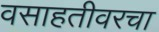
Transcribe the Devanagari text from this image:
वसाहतीवरचा